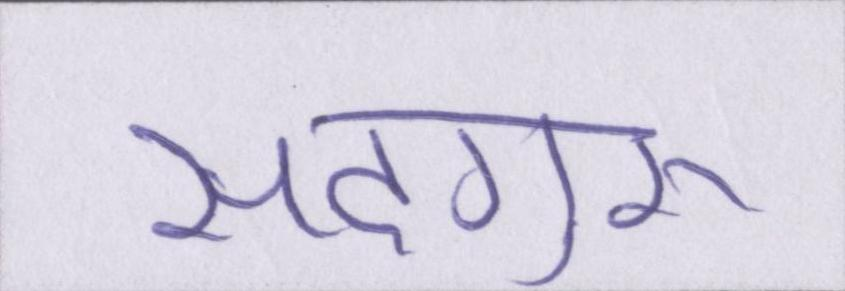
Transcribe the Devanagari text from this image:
सदगुरू